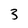
Character: 3